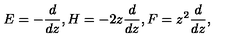
E = - \frac { d } { d z } , H = - 2 z \frac { d } { d z } , F = z ^ { 2 } \frac { d } { d z } ,